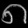
Digit: ၈